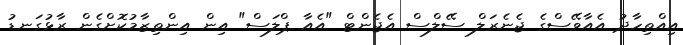
އިއްތިހާދު އެއާވޭސްގެ ޖެނެރަލް ސޭލްސް އެޖެންޓް "އެއާ ޕްލަސް" އިން އިންތިޒާމުކޮށްގެން ރާޅުގަނޑު